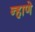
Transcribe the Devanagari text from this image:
न्हाणे